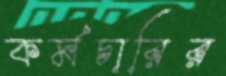
কর্মচারির